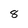
Character: 8